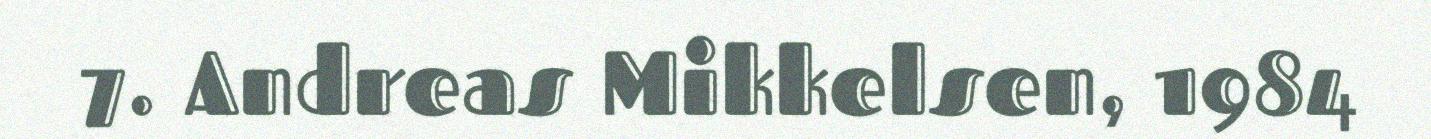
7. Andreas Mikkelsen, 1984